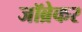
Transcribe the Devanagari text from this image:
जॉब्रेकर